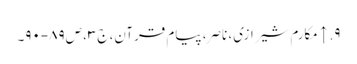
۹. ↑ مکارم شیرازی، ناصر، پیام قرآن، ج‌۳، ص‌۸۹-۹۰۔